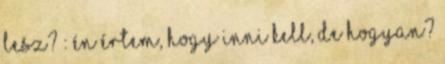
lesz? : Én értem, hogy inni kell, de hogyan?